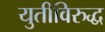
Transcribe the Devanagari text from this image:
युतीविरुद्ध